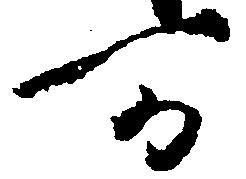
可